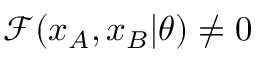
\mathcal { F } ( x _ { A } , x _ { B } \vert \theta ) \neq 0